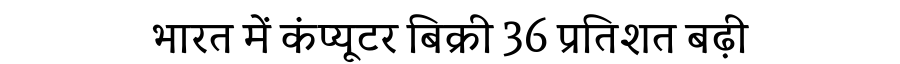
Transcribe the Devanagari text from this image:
भारत में कंप्यूटर बिक्री 36 प्रतिशत बढ़ी